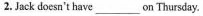
2.Jack doesn't have___on Thursday.